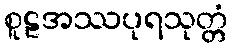
စူဠအဿပုရသုတ္တံ